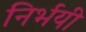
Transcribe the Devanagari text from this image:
निर्भयी